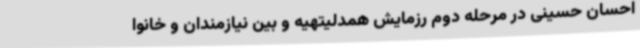
احسان حسینی در مرحله دوم رزمایش همدلیتهیه و بین نیازمندان و خانوا